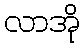
လာအို